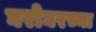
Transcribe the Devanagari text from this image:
घरोघरच्या